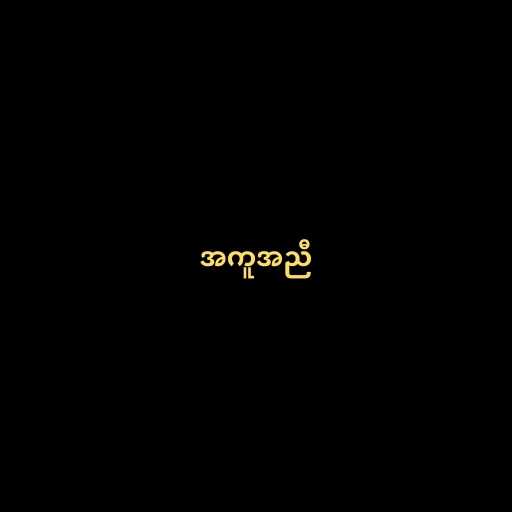
အကူအညီ